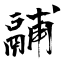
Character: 鬴